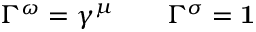
\/ \Gamma ^ { \omega } = \gamma ^ { \mu } \qquad \/ \Gamma ^ { \sigma } = { \bf 1 }